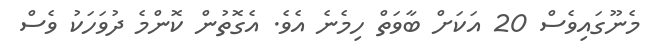
މެނޫގައިވެސް 20 އަކަށް ބާވަތް ހިމެނެ އެވެ. އެގޮތުން ކޮންމެ ދުވަހަކު ވެސް